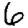
Digit: 6